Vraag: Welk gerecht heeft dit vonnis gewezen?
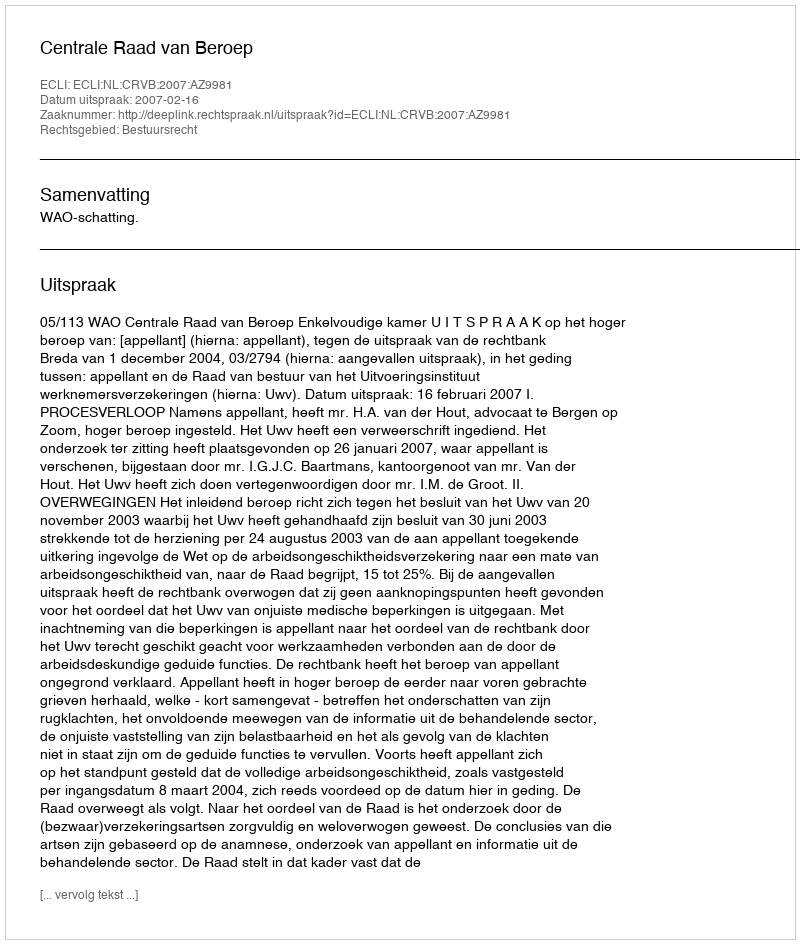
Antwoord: Centrale Raad van Beroep